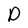
Character: D